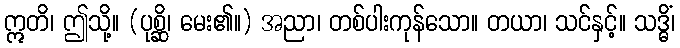
ဣတိ၊ ဤသို့။ (ပုစ္ဆိ၊ မေး၏။) အညာ၊ တစ်ပါးကုန်သော။ တယာ၊ သင်နှင့်။ သဒ္ဓိံ၊